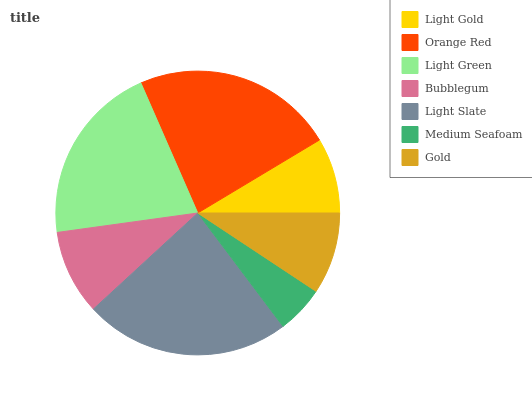
| Light Gold | Orange Red | Light Green | Bubblegum | Light Slate | Medium Seafoam | Gold |
 | --- | --- | --- | --- | --- | --- | --- |
 | 8.59% | 22.9% | 20.7% | 9.66% | 23.4% | 5.43% | 9.31% |